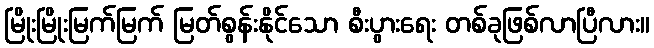
မြိုးမြိုးမြက်မြက် မြတ်စွန်းနိုင်သော စီးပွားရေး တစ်ခုဖြစ်လာပြီလား။